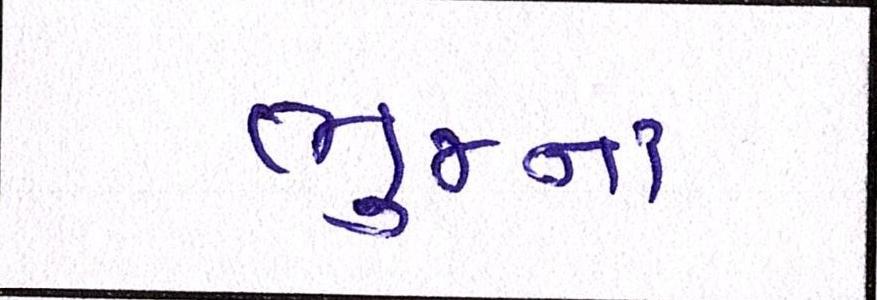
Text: ભુજના